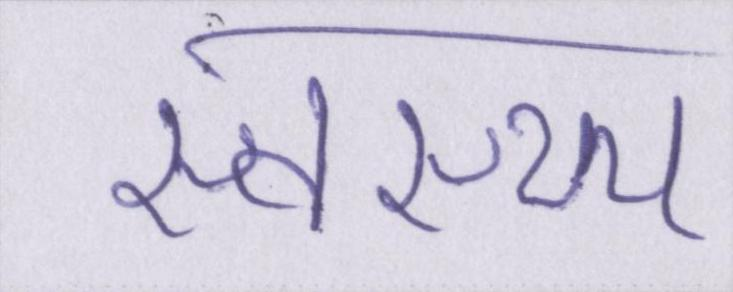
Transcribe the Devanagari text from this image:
स्वस्थ्य